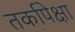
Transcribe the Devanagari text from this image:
तर्कापेक्षा